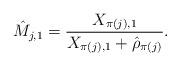
LaTeX: \begin{align*} \hat M_{j,1}= \frac{X_{\pi(j),1}}{X_{\pi(j),1}+\hat\rho_{\pi(j)}}. \end{align*}